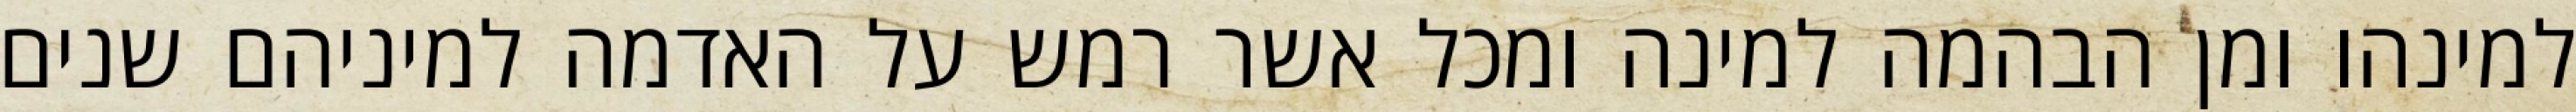
למינהו ומן הבהמה למינה ומכל אשר רמש על האדמה למיניהם שנים